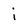
Character: j